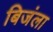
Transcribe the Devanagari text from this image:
बिजंला